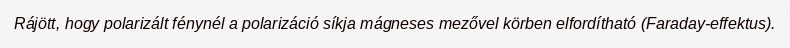
Rájött, hogy polarizált fénynél a polarizáció síkja mágneses mezővel körben elfordítható (Faraday-effektus).